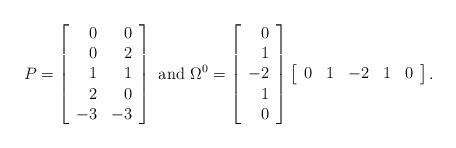
LaTeX: \begin{align*}P=\left[ \begin{array}{rr} 0 & 0 \\ 0 & 2 \\ 1 & 1 \\ 2 & 0 \\ -3 & -3 \end{array} \right] \mbox{ and }\Omega^0 =\left[ \begin{array}{rr} 0 \\ 1 \\ -2 \\ 1 \\ 0 \end{array} \right]\left[ \begin{array}{rrrrr} 0 & 1 & -2 & 1 & 0 \end{array} \right].\end{align*}